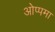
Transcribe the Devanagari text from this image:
ओप्पमा